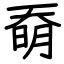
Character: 奣